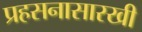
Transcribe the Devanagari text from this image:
प्रहसनासारखी